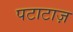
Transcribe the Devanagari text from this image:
पटाटाज़